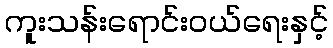
ကူးသန်းရောင်းဝယ်ရေးနှင့်